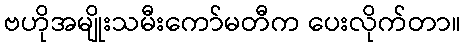
ဗဟိုအမျိုးသမီးကော်မတီက ပေးလိုက်တာ။